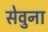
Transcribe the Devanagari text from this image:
सेवुना